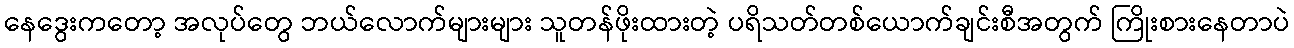
နေဒွေးကတော့ အလုပ်တွေ ဘယ်လောက်များများ သူတန်ဖိုးထားတဲ့ ပရိသတ်တစ်ယောက်ချင်းစီအတွက် ကြိုးစားနေတာပဲ